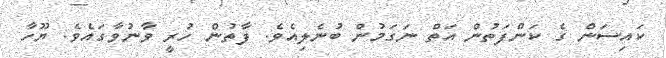
ކައިސަން ގެ ކަންފަތުން އަތް ނަަގަމުން ބުނެލިއެވެ. ފާތުން ހުރީ ވާނުވާގައެވެ. ޔޫހާ